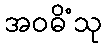
အဝဓိံသု